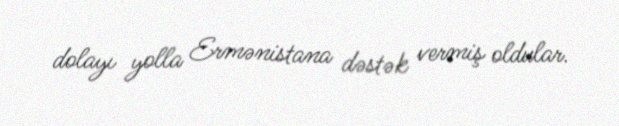
dolayı yolla Ermənistana dəstək vermiş oldular.